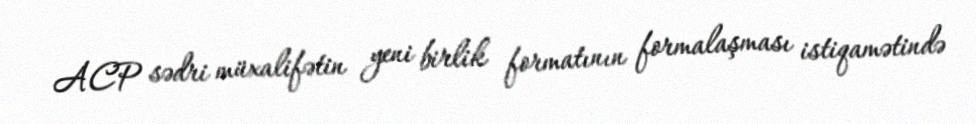
ACP sədri müxalifətin yeni birlik formatının formalaşması istiqamətində